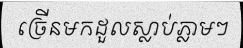
ច្រើនមកដួលស្លាប់ភ្លាមៗ